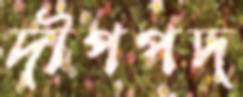
দীপপদ